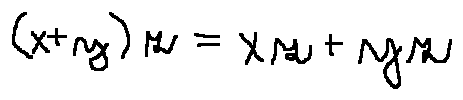
( x + y ) z = x z + y z